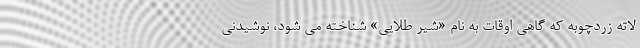
لاته زردچوبه که گاهی اوقات به نام «شیر طلایی» شناخته می شود، نوشیدنی